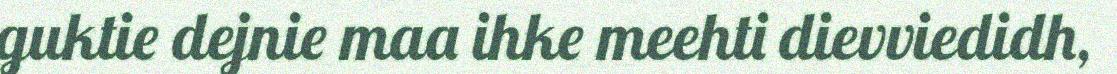
guktie dejnie maa ihke meehti dievviedidh,